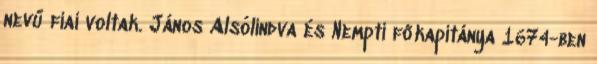
nevű fiai voltak. János Alsólindva és Nempti főkapitánya 1674-ben